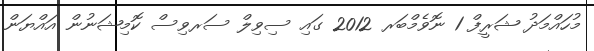
މުހައްމަދު ޝަރީފް 1 ނޮވެމްބަރ 2012 ގައި ސިވިލް ސަރވިސް ކޮމިޝަނުން އައްޔަން